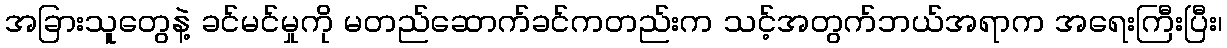
အခြားသူတွေနဲ့ ခင်မင်မှုကို မတည်ဆောက်ခင်ကတည်းက သင့်အတွက်ဘယ်အရာက အရေးကြီးပြီး၊